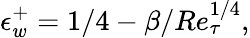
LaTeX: \epsilon_{w}^{+}=1/4-\beta/Re_{\tau}^{1/4},